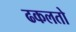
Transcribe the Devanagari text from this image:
ढकलतो